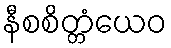
နီစစိတ္တံယေဝ